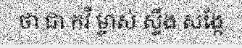
ថា ជា កវី ម្ចាស់ ស្ទឹង សង្កែ